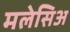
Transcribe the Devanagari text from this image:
मलेसिअ